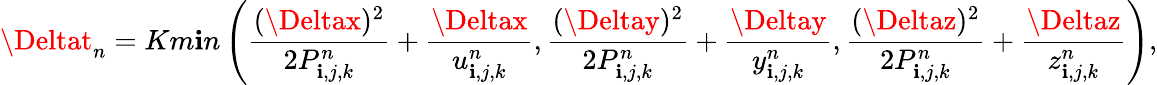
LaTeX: \Deltat_{n}=Km\mathbf{i}n\left(\frac{{(\Deltax)^{2}}}{{2P_{\mathbf{i},j,k}^{n}}}+\frac{{\Deltax}}{{u_{\mathbf{i},j,k}^{n}}},\frac{{(\Deltay)^{2}}}{{2P_{\mathbf{i},j,k}^{n}}}+\frac{{\Deltay}}{{y_{\mathbf{i},j,k}^{n}}},\frac{{(\Deltaz)^{2}}}{{2P_{\mathbf{i},j,k}^{n}}}+\frac{{\Deltaz}}{{z_{\mathbf{i},j,k}^{n}}}\right),